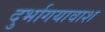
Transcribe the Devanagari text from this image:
दुर्भागयावाश